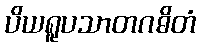
ပိယရူပသာတဂဓိတံ